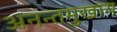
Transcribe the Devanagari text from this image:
अनन्तमुखाय